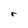
Character: r